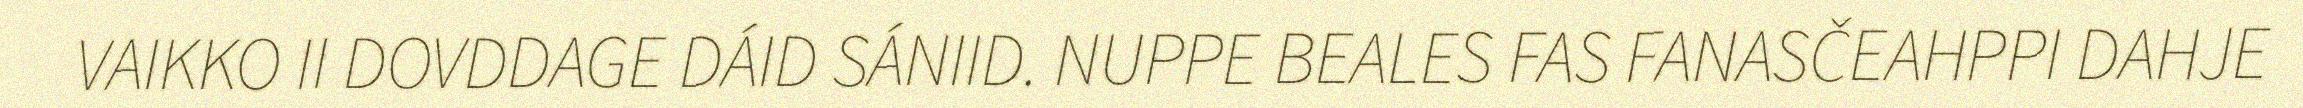
VAIKKO II DOVDDAGE DÁID SÁNIID. NUPPE BEALES FAS FANASČEAHPPI DAHJE